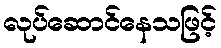
လုပ်ဆောင်နေသဖြင့်